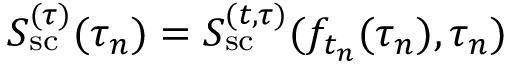
S _ { \mathrm { s c } } ^ { ( \tau ) } ( \tau _ { n } ) = S _ { \mathrm { s c } } ^ { ( t , \tau ) } ( f _ { t _ { n } } ( \tau _ { n } ) , \tau _ { n } )